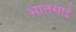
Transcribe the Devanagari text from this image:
भातसाई